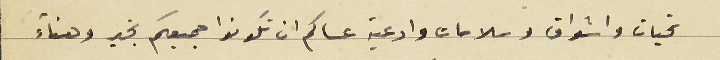
تحيات واشواق وسلامات وادعية عساكم ان تكونوا جميعكم بخير وهناء